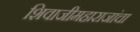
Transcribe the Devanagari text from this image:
शिवाजीमहाराजांचा